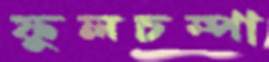
ফুলচম্পা